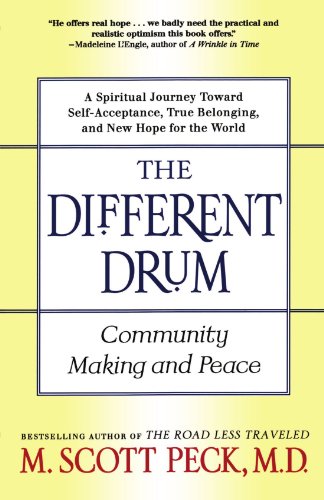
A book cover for The Different Drum: Community Making and Peace; M. Scott Peck; Politics & Social Sciences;